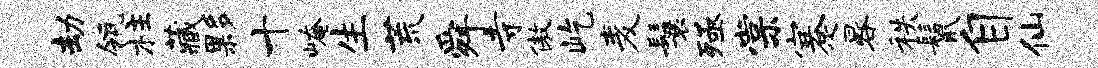
劫瓴柱藏夥十崦生荒舜寺傲屹麦鬟殛棠蹇晷秩鬣自仙